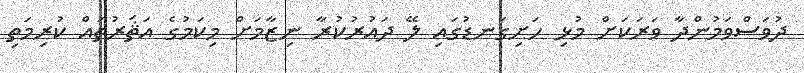
ދުވަސްވަމުންދާ ވަރަކަށް މުޅި ހަށިގަނޑުގައި ލޭ ދައުރުކުރާ ނިޒާމަށް މިކަމުގެ އަޘަރުތައް ކުރިމަތި